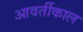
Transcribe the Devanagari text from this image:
आवर्तीकाल